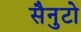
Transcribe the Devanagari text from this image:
सैनुटो